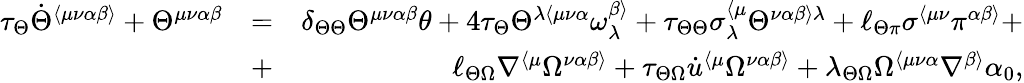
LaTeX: \begin{array}{rlr}{\tau_{\Theta}\dot{\Theta}^{\langle\mu\nu\alpha\beta\rangle}+\Theta^{\mu\nu\alpha\beta}}&{=}&{\delta_{\Theta\Theta}\Theta^{\mu\nu\alpha\beta}\theta+4\tau_{\Theta}\Theta^{\lambda\langle\mu\nu\alpha}\omega^{\beta\rangle}_{\lambda}+\tau_{\Theta\Theta}\sigma_{\lambda}^{\langle\mu}\Theta^{\nu\alpha\beta\rangle\lambda}+\ell_{\Theta\pi}\sigma^{\langle\mu\nu}\pi^{\alpha\beta\rangle}+}\\ &{+}&{\ell_{\Theta\Omega}\nabla^{\langle\mu}\Omega^{\nu\alpha\beta\rangle}+\tau_{\Theta\Omega}\dot{u}^{\langle\mu}\Omega^{\nu\alpha\beta\rangle}+\lambda_{\Theta\Omega}\Omega^{\langle\mu\nu\alpha}\nabla^{\beta\rangle}\alpha_{0},}\end{array}